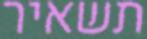
תשאיר